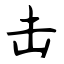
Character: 击